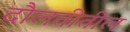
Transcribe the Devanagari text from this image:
दौलतीतील